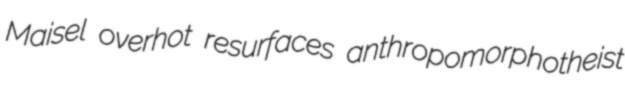
Maisel overhot resurfaces anthropomorphotheist